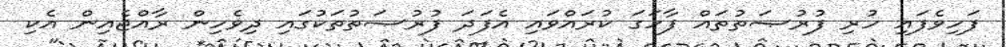
ފަހިވެފައި ހުރި ފުރުޞަތުތައް ފާހަގަ ކުރައްވައި އެފަދަ ފުރުޞަތުތަކުގައި ދިވެހިން ރާއްޖެއިން އެކި